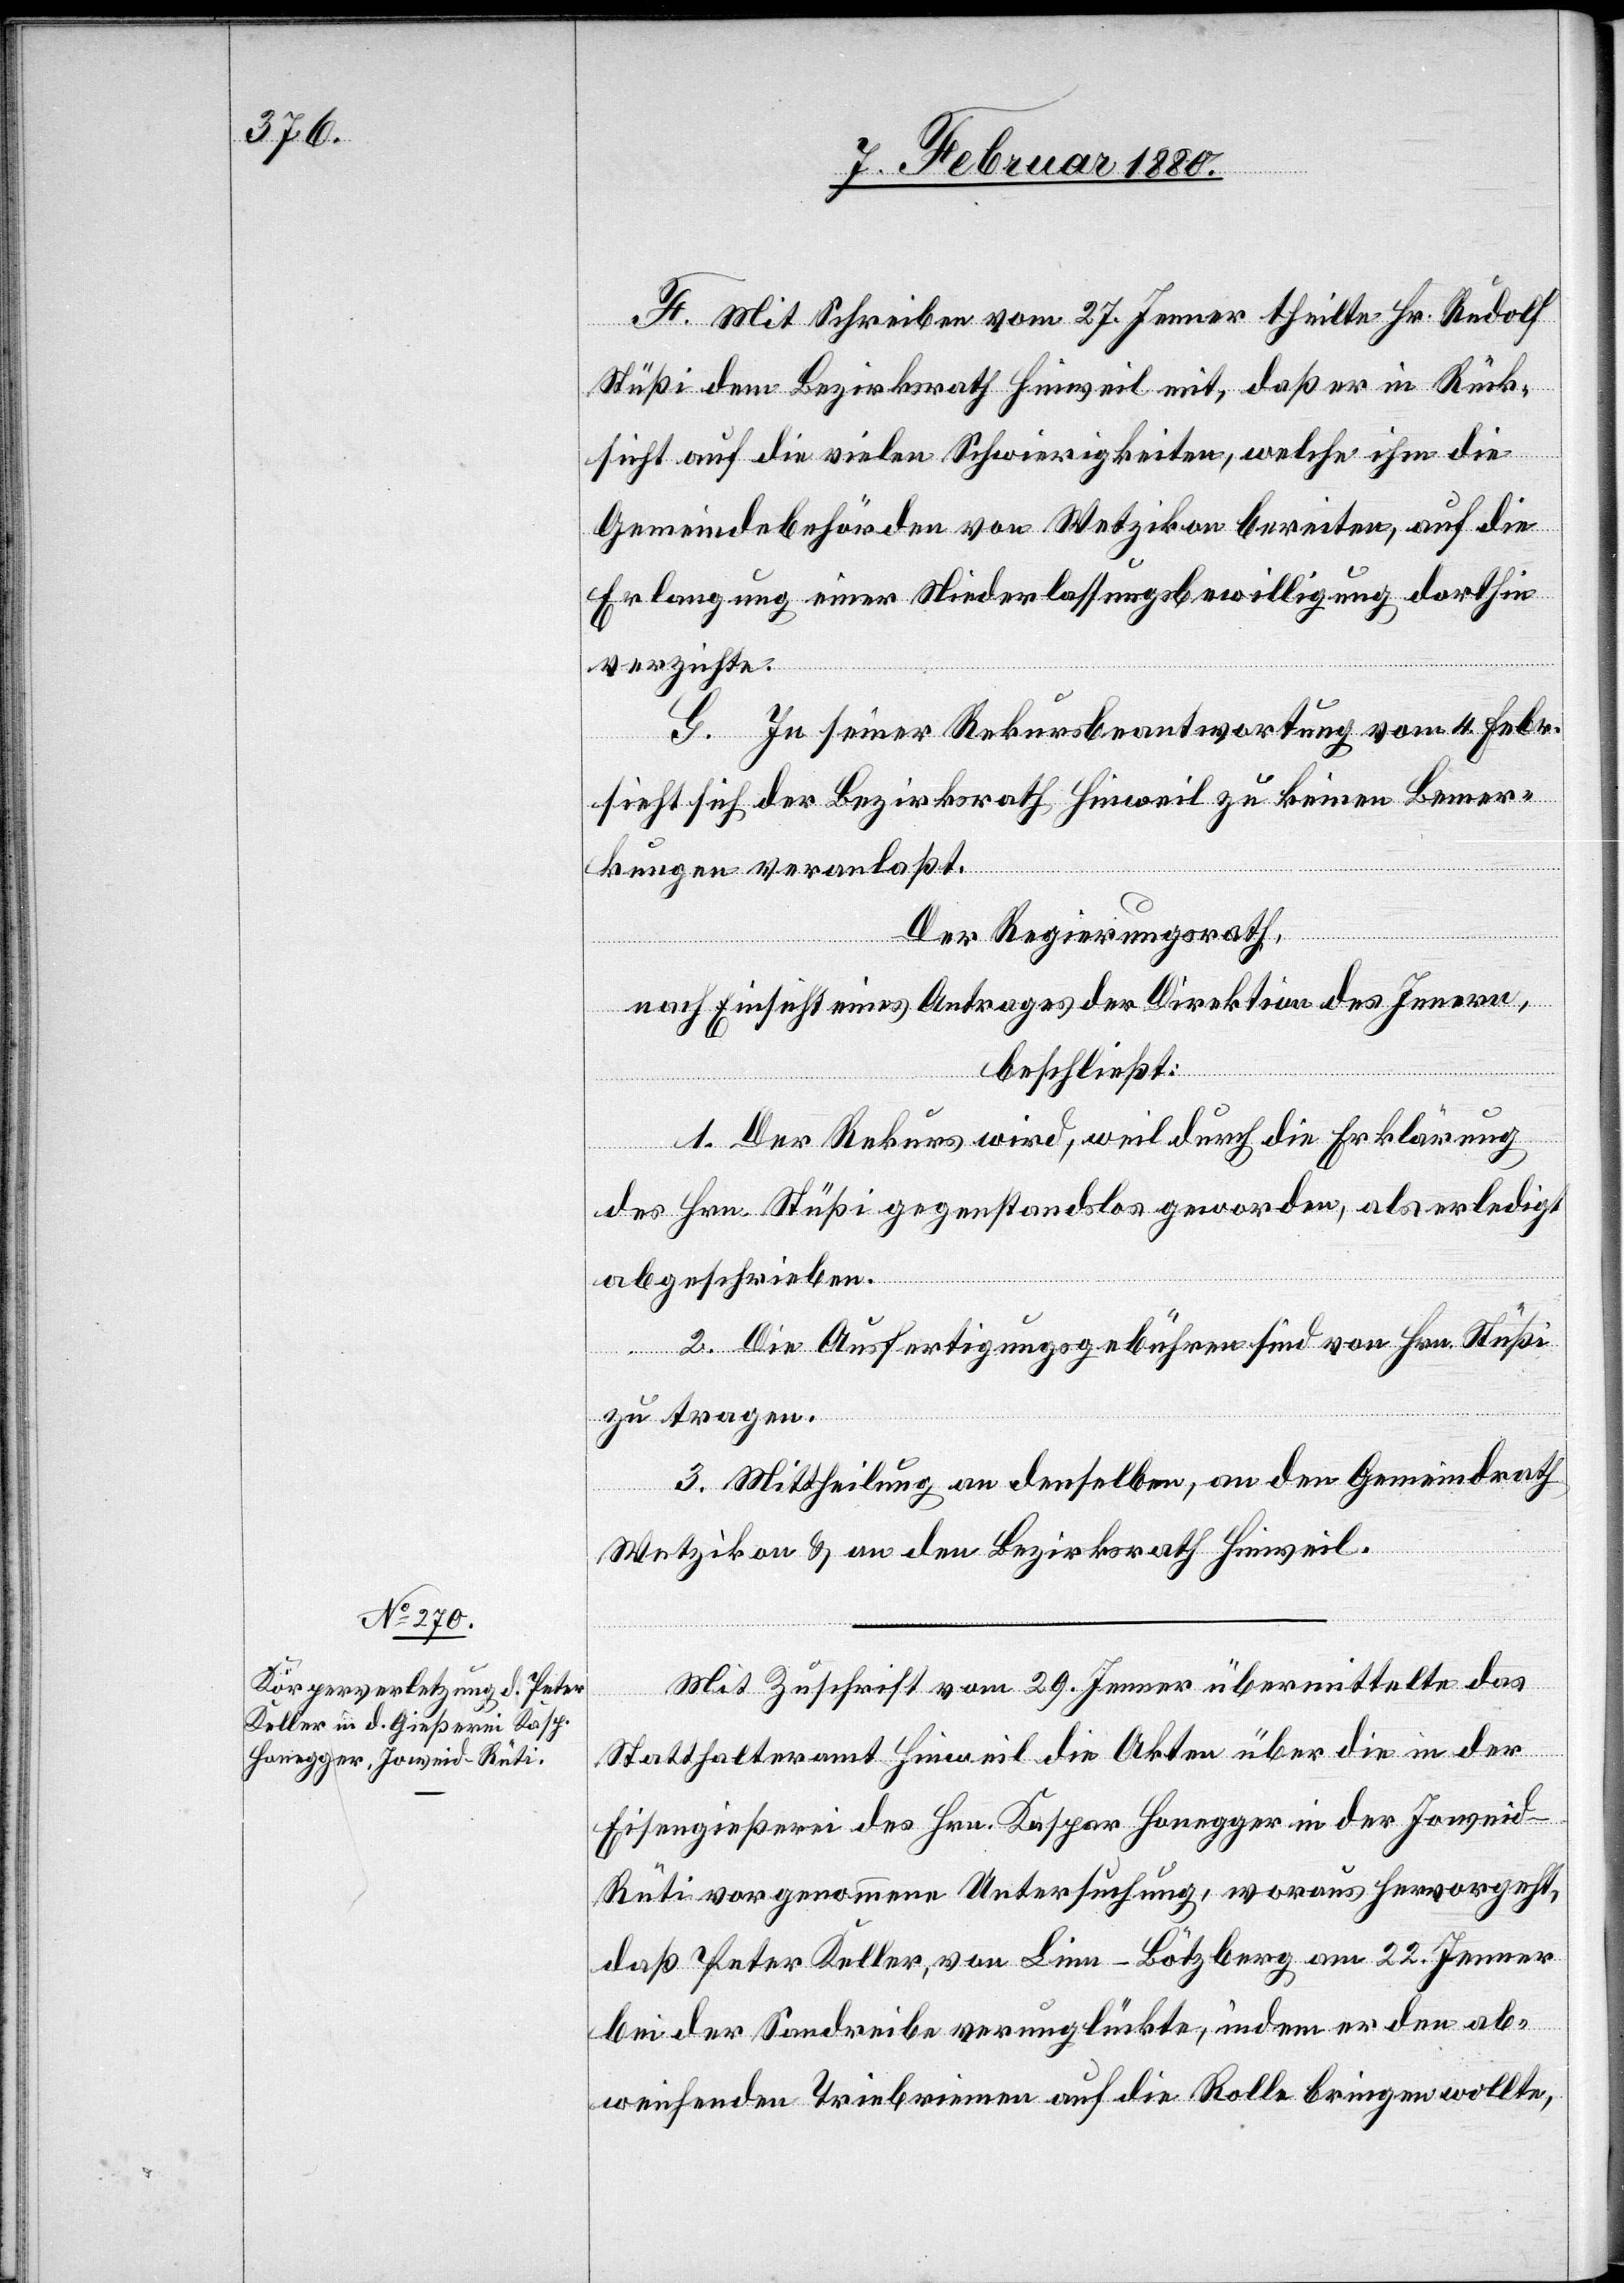
F. Mit Schreiben vom 27. Jenner theilte Hr. Rudolf
Stüßi dem Bezirksrath Hinweil mit, daß er in Rück¬
sicht auf die vielen Schwierigkeiten, welche ihm die
Gemeindebehörden von Wetzikon bereiten, auf die
Erlangung einer Niederlassungsbewilligung dorthin
verzichte.
G. In seiner Rekursbeantwortung vom 4. Febr.
sieht sich der Bezirksrath Hinweil zu keinen Bemer¬
kungen veranlaßt.
Der Regierungsrath,
nach Einsicht eines Antrages der Direktion des Innern,
beschließt:
1. Der Rekurs wird, weil durch die Erklärung
des Hrn. Stüßi gegenstandslos geworden, als erledigt
abgeschrieben.
2. Die Ausfertigungsgebühren sind von Hrn. Stüßi
zu tragen.
3. Mittheilung an denselben, an den Gemeindrath
Wetzikon & an den Bezirksrath Hinweil.
Mit Zuschrift vom 29. Jenner übermittelte das
Statthalteramt Hinweil die Akten über die in der
Eisengießerei des Hrn. Kaspar Honegger in der Joweid
Rüti vorgenommene Untersuchung, woraus hervorgeht,
daß Peter Keller, von Linn - Bötzberg am 22. Jenner
bei der Sandreibe verunglückte, indem er den ab¬
weichenden Triebriemen auf die Rolle bringen wollte,